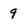
Character: 9